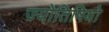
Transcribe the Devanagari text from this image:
ज्योतिषियो